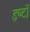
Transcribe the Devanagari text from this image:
इष्‍टों